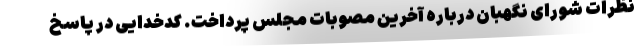
نظرات شورای نگهبان درباره آخرین مصوبات مجلس پرداخت. کدخدایی در پاسخ